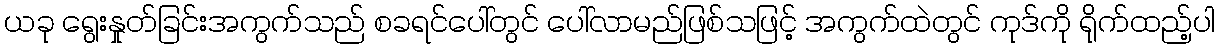
ယခု ရွေးနှုတ်ခြင်းအကွက်သည် စခရင်ပေါ်တွင် ပေါ်လာမည်ဖြစ်သဖြင့် အကွက်ထဲတွင် ကုဒ်ကို ရိုက်ထည့်ပါ